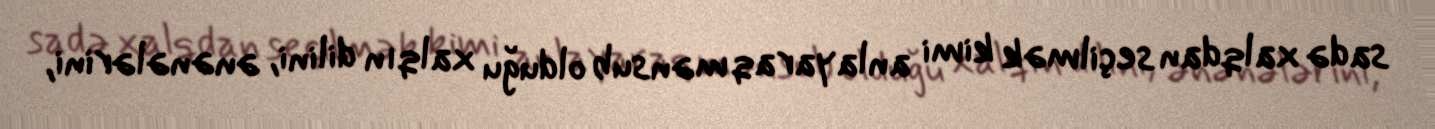
sadə xalqdan seçilmək kimi anlayaraq mənsub olduğu xalqın dilini, ənənələrini,